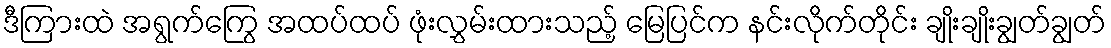
ဒီကြားထဲ အရွက်ကြွေ အထပ်ထပ် ဖုံးလွှမ်းထားသည့် မြေပြင်က နင်းလိုက်တိုင်း ချိုးချိုးချွတ်ချွတ်